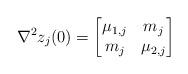
LaTeX: \begin{align*} \nabla^{2}z_j(0)= \begin{bmatrix} \mu_{1,j} & m_j \\ m_j & \mu_{2,j} \end{bmatrix} \end{align*}